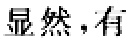
显然，有